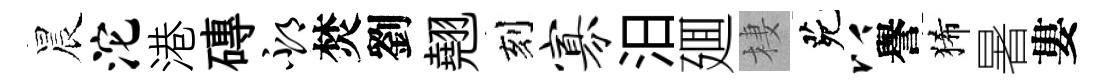
晨沱港磚邳焚劉翹刻寡汨廽棲茕以譽狶暑婁